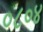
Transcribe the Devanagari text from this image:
०८०४